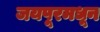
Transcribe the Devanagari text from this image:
जयपूरमधून